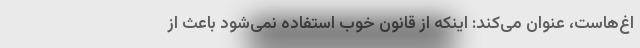
اغ‌هاست، عنوان می‌کند: اینکه از قانون خوب استفاده نمی‌شود باعث از